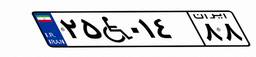
۲۵W۰۱۴۸۸